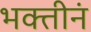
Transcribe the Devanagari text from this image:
भक्तीनं